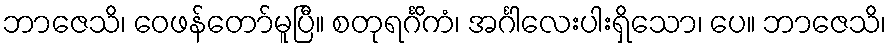
ဘာဇေသိ၊ ဝေဖန်တော်မူပြီ။ စတုရင်္ဂိကံ၊ အင်္ဂါလေးပါးရှိသော၊ ပေ။ ဘာဇေသိ၊